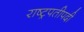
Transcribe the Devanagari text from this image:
राष्ट्रपतीपदी